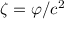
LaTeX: \zeta = \varphi / c ^ { 2 }